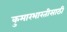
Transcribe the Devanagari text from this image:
कुमारभारतीसाठी